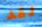
لقد